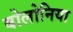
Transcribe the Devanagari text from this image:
बोलोनिया